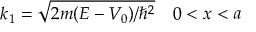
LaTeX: k _ { 1 } = { \sqrt { 2 m ( E - V _ { 0 } ) / \hbar ^ { 2 } } } \quad 0 < x < a